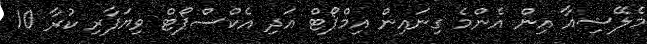
މެލޭޝިއާ އިން އެންމެ ގިނައިން އިމްޕޯޓް އަދި އެކްސްޕޯޓް ވިޔަފާރި ކުރާ 10